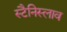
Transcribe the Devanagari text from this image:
स्टैनिस्लाव